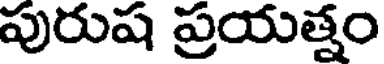
పురుష ప్రయత్నం